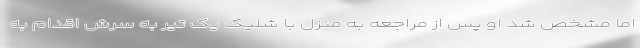
اما مشخص شد او پس از مراجعه به منزل با شلیک یک تیر به سرش اقدام به